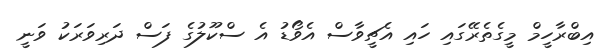
އިބްރާހީމް މީގެތެރޭގައި ހައި އެޗީވާސް އެވޯޑު އެ ސްކޫލުގެ ފަސް ދަރިވަރަކު ވަނީ